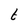
Character: t